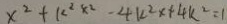
x ^ { 2 } + k ^ { 2 } x ^ { 2 } - 4 k ^ { 2 } x + 4 k ^ { 2 } = 1